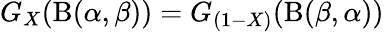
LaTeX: G_{X}(\mathrm{B}(\alpha,\beta))=G_{(1-X)}(\mathrm{B}(\beta,\alpha))